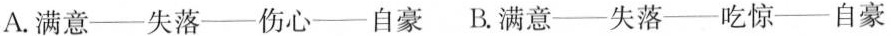
A.满意---失落---伤心---自豪 B.满意---失落---吃惊---自豪